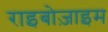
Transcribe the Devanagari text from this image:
राइबोज़ाइम